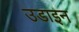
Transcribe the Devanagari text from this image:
उडाइन